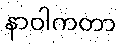
နာဝါကတာ